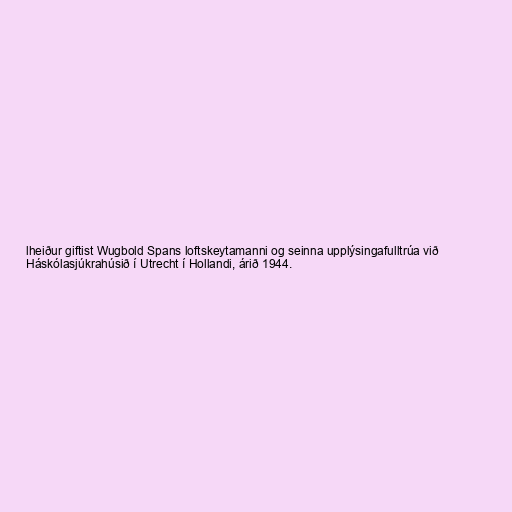
lheiður giftist Wugbold Spans loftskeytamanni og seinna upplýsingafulltrúa við
Háskólasjúkrahúsið í Utrecht í Hollandi, árið 1944.